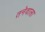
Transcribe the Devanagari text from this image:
तनेवाला